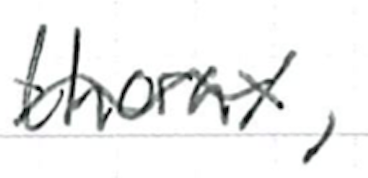
Text: thorax,
Cross-out: mix
Writing tool: ballpoint